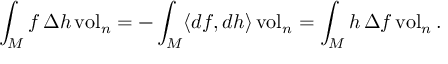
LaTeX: \int _ { M } f \, \Delta h \operatorname { v o l } _ { n } = - \int _ { M } \langle d f , d h \rangle \operatorname { v o l } _ { n } = \int _ { M } h \, \Delta f \operatorname { v o l } _ { n } .